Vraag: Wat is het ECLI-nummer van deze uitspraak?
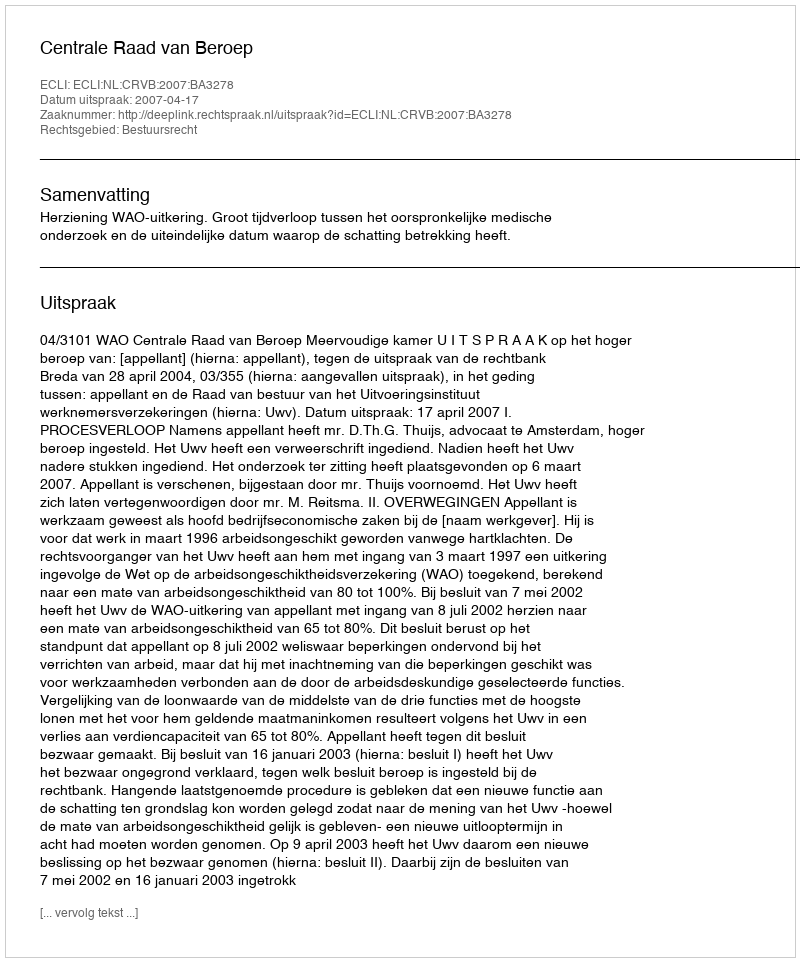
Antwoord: ECLI:NL:CRVB:2007:BA3278